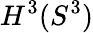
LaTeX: H^{3}(S^{3})